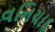
વનિયાદ